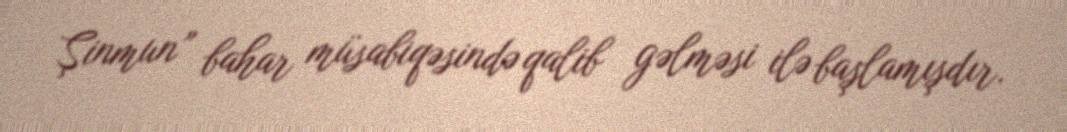
Şinmun” bahar müsabiqəsində qalib gəlməsi ilə başlamışdır.